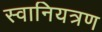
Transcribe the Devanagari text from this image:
स्वानियत्रण